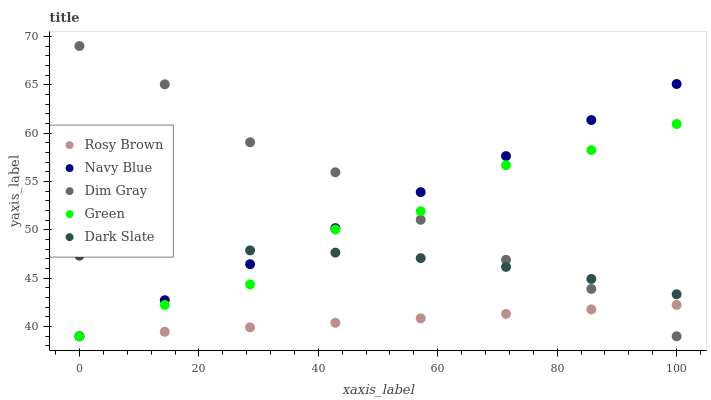
| xaxis_label | Rosy Brown | Navy Blue | Dim Gray | Green | Dark Slate |
 | --- | --- | --- | --- | --- | --- |
 | 0 | 39 | 39 | 69 | 39 | 47.3 |
 | 14.3 | 39.5 | 42.7 | 65 | 42.2 | 47.8 |
 | 28.6 | 39.9 | 46.4 | 59.1 | 44.4 | 47.9 |
 | 42.9 | 40.4 | 50.2 | 55.9 | 50 | 47.6 |
 | 57.1 | 40.9 | 53.9 | 51 | 51.9 | 47.1 |
 | 71.4 | 41.3 | 57.6 | 46.9 | 56.7 | 46.2 |
 | 85.7 | 41.8 | 61.3 | 43.9 | 58.2 | 44.9 |
 | 100 | 42.2 | 65.1 | 39 | 60.9 | 43.3 |